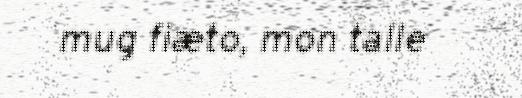
mug fiæto, mon talle